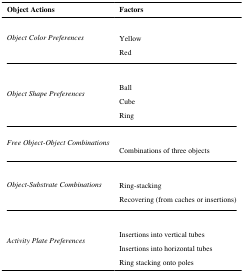
<table><thead><tr><td><b>Object Actions</b></td><td><b>Factors</b></td></tr></thead><tbody><tr><td rowspan="3"><i>Object Color Preferences</i></td><td>[EMPTY_CELL]</td></tr><tr><td>Yellow</td></tr><tr><td>Red</td></tr><tr><td rowspan="4"><i>Object Shape Preferences</i></td><td>[EMPTY_CELL]</td></tr><tr><td>Ball</td></tr><tr><td>Cube</td></tr><tr><td>Ring</td></tr><tr><td rowspan="2"><i>Free Object-Object Combinations</i></td><td>[EMPTY_CELL]</td></tr><tr><td>Combinations of three objects</td></tr><tr><td rowspan="3"><i>Object-Substrate Combinations</i></td><td>[EMPTY_CELL]</td></tr><tr><td>Ring-stacking</td></tr><tr><td>Recovering (from caches or insertions)</td></tr><tr><td rowspan="4"><i>Activity Plate Preferences</i></td><td>[EMPTY_CELL]</td></tr><tr><td>Insertions into vertical tubes</td></tr><tr><td>Insertions into horizontal tubes</td></tr><tr><td>Ring stacking onto poles</td></tr></tbody></table>